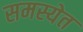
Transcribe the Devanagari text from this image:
समस्येत